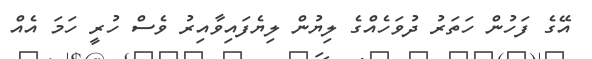
އޭގެ ފަހުން ހަތަރު ދުވަހެއްގެ ލިޔުން ލިޔެފައިވާއިރު ވެސް ހުރީ ހަމަ އެއް